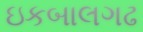
ઇકબાલગઢ